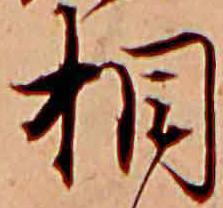
相